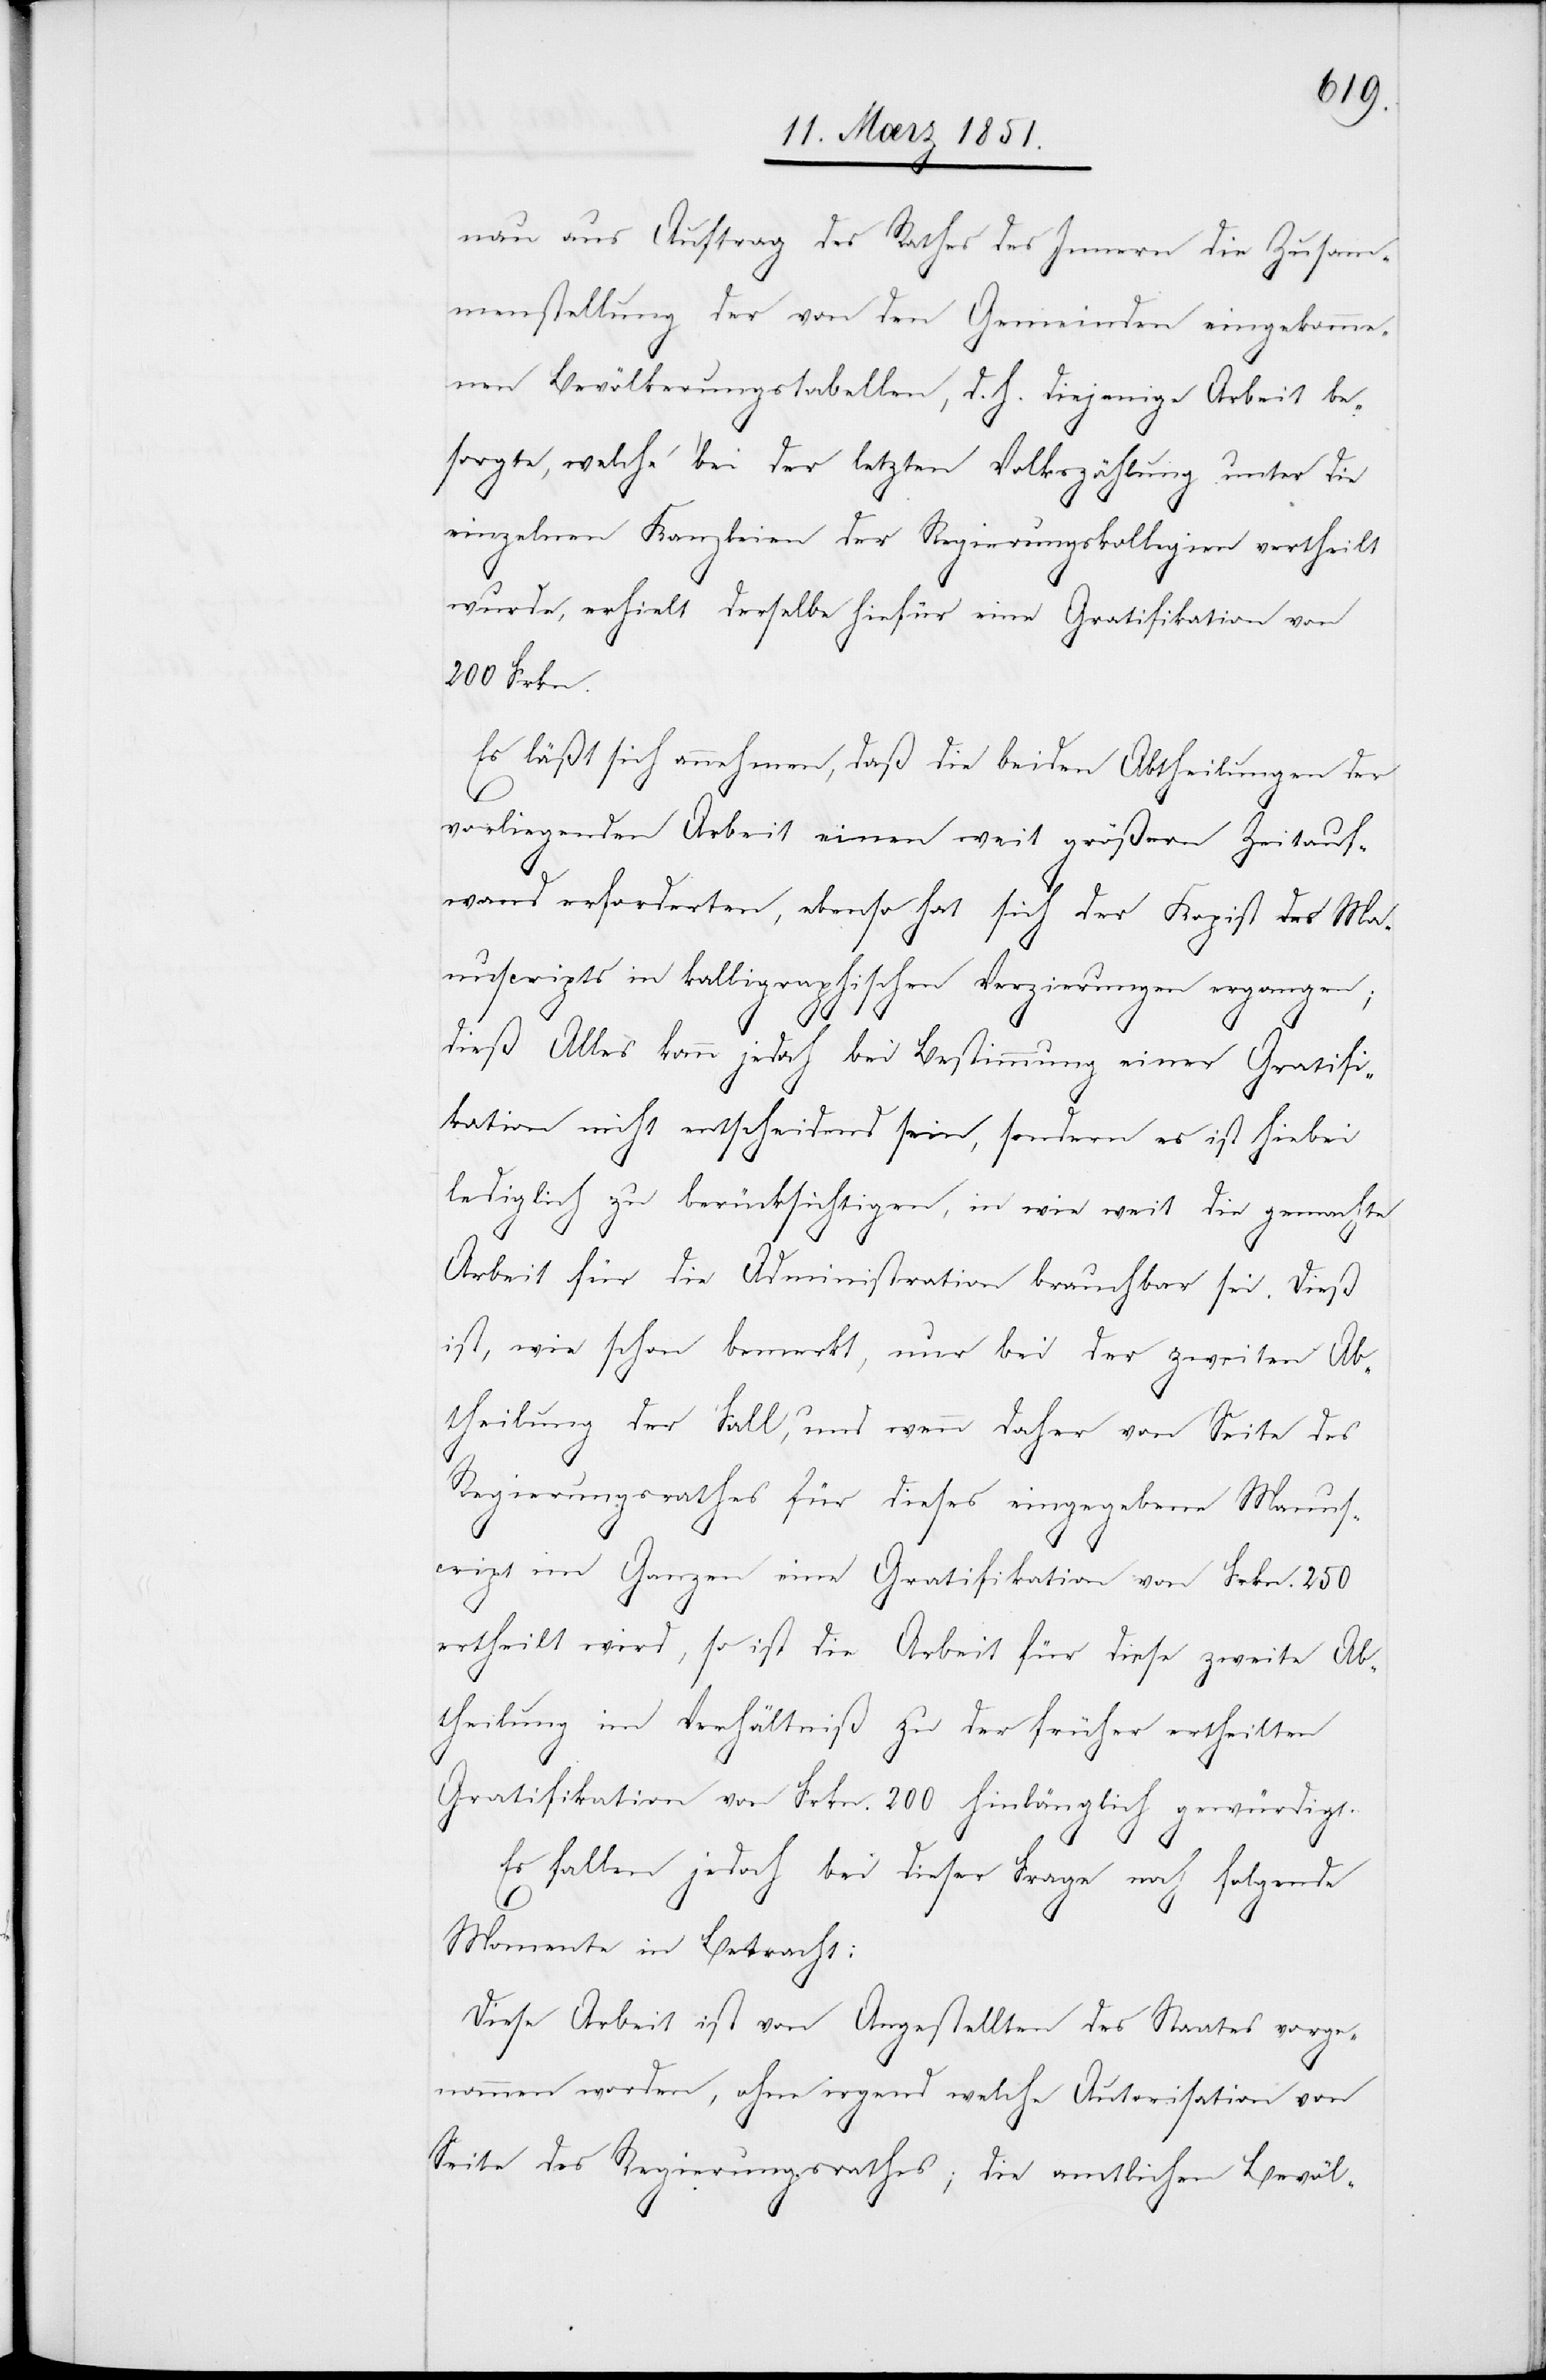
nau aus Auftrag des Rathes des Innern die Zusam¬
menstellung der von den Gemeinden eingekomme¬
nen Bevölkerungstabellen, d. h. diejenige Arbeit be¬
sorgte, welche bei der letzten Volkszählung unter die
einzelnen Kanzleien der Regierungskollegien vertheilt
wurde, erhielt derselbe hiefür eine Gratifikation von
200 Frkn.
Es läßt sich annehmen, daß die beiden Abtheilungen der
vorliegenden Arbeit einen weit größern Zeitauf¬
wand erforderten, ebenso hat sich der Kopist des Man¬
uscripts in kalligraphischen Verzierungen ergangen;
dieß Alles kann jedoch bei Bestimmung einer Gratifi¬
kation nicht entscheidend sein, sondern es ist hiebei
lediglich zu berücksichtigen, in wie weit die gemachte
Arbeit für die Administration brauchbar sei. Dieß
ist, wie schon bemerkt, nur bei der zweiten Ab¬
theilung der Fall, und wenn daher von Seite des
Regierungsrathes für dieses eingegebene Manusc¬
ript im Ganzen eine Gratifikation von Frkn. 250
ertheilt wird, so ist die Arbeit für diese zweite Ab¬
theilung im Verhältniß zu der früher ertheilten
Gratifikation von Frkn. 200 hinlänglich gewürdigt.
Es fallen jedoch bei dieser Frage noch folgende
Momente in Betracht:
Diese Arbeit ist von Angestellten des Staates vorge¬
nommen worden, ohne irgend welche Autorisation von
Seite des Regierungsrathes; die amtlichen Bevöl-